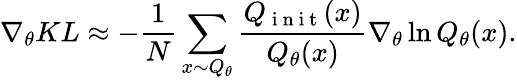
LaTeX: \nabla_{\theta}KL\approx-\frac{1}{N}\sum_{x\sim Q_{\theta}}\frac{Q_{\mathrm{~i~n~i~t~}}(x)}{Q_{\theta}(x)}\nabla_{\theta}\ln Q_{\theta}(x).